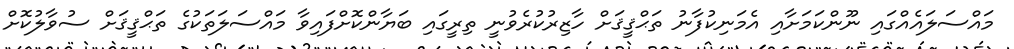
މައްސަލައެއްގައި ނޫންކަމަށާއި އެމަނިކުފާނު ތަޙްޤީޤަށް ހާޒިރުކުރެވުނީ ތިރީގައި ބަޔާންކޮށްފައިވާ މައްސަލަތަކުގެ ތަޙްޤީޤަށް ސުވާލުކޮށް